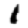
Digit: 1